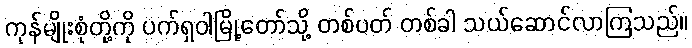
ကုန်မျိုးစုံတို့ကို ပက်ရှဝါမြို့တော်သို့ တစ်ပတ် တစ်ခါ သယ်ဆောင်လာကြသည်။